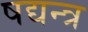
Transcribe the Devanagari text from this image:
षद्यन्त्र